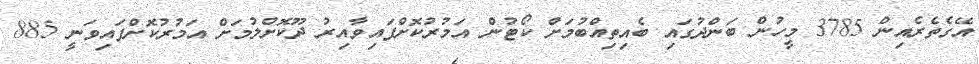
އޭގެތެރެއިން 3785 މީހުން ބަންދުގައި ބެއިތިއްބުމަށް ކޯޓުން އަމުރުކޮށްފައިވާއިރު ދޫކޮށްލުމަށް އަމުރުކޮށްފައިވަނީ 885